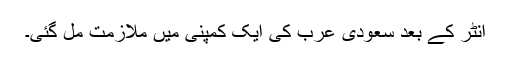
انٹر کے بعد سعودی عرب کی ایک کمپنی میں ملازمت مل گئی۔